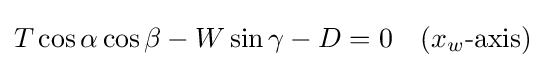
T\cos {\alpha }\cos {\beta }-W\sin {\gamma }-D=0\quad (x_{w}{\text{-axis}})